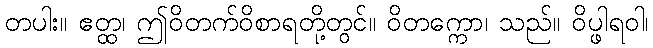
တပါး။ ဧတ္ထ၊ ဤဝိတက်ဝိစာရတို့တွင်။ ဝိတက္ကော၊ သည်။ ဝိပ္ဖါရဝါ၊